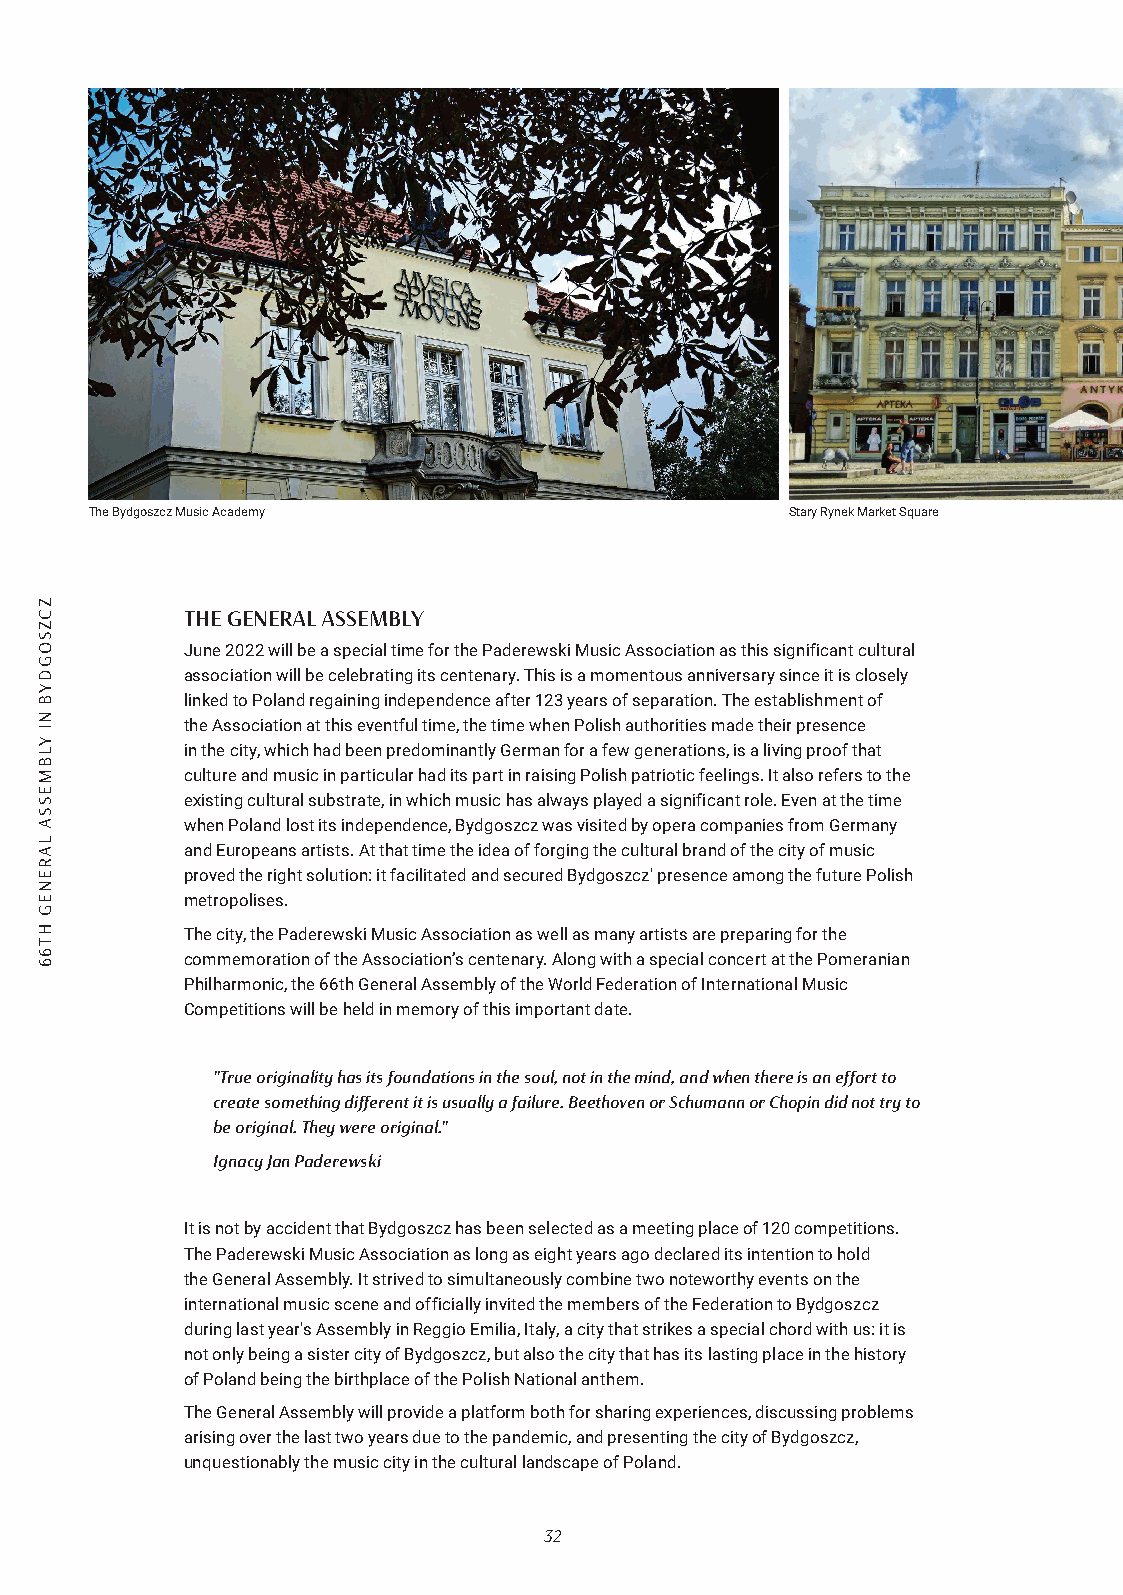
The Bydgoszcz Music Academy                   Stary Rynek Market Square
 THE GENERAL ASSEMBLY
 June 2022 will be a special time for the Paderewski Music Association as this significant cultural
 association will be celebrating its centenary. This is a momentous anniversary since it is closely
 linked to Poland regaining independence after 123 years of separation. The establishment of
 the Association at this eventful time, the time when Polish authorities made their presence
 in the city, which had been predominantly German for a few generations, is a living proof that
 culture and music in particular had its part in raising Polish patriotic feelings. It also refers to the
 existing cultural substrate, in which music has always played a significant role. Even at the time
 when Poland lost its independence, Bydgoszcz was visited by opera companies from Germany
 and Europeans artists. At that time the idea of forging the cultural brand of the city of music
 proved the right solution: it facilitated and secured Bydgoszcz' presence among the future Polish
 metropolises.
 The city, the Paderewski Music Association as well as many artists are preparing for the
 commemoration of the Association’s centenary. Along with a special concert at the Pomeranian
 Philharmonic, the 66th General Assembly of the World Federation of International Music
 Competitions will be held in memory of this important date.
 "True originality has its foundations in the soul, not in the mind, and when there is an effort to
 create something different it is usually a failure. Beethoven or Schumann or Chopin did not try to
 be original. They were original."
 Ignacy Jan Paderewski
 It is not by accident that Bydgoszcz has been selected as a meeting place of 120 competitions.
 The Paderewski Music Association as long as eight years ago declared its intention to hold
 the General Assembly. It strived to simultaneously combine two noteworthy events on the
 international music scene and officially invited the members of the Federation to Bydgoszcz
 during last year's Assembly in Reggio Emilia, Italy, a city that strikes a special chord with us: it is
 not only being a sister city of Bydgoszcz, but also the city that has its lasting place in the history
 of Poland being the birthplace of the Polish National anthem.
 The General Assembly will provide a platform both for sharing experiences, discussing problems
 arising over the last two years due to the pandemic, and presenting the city of Bydgoszcz,
 unquestionably the music city in the cultural landscape of Poland.
 32
 ZCZSOGDYB
 NI
 YLBMESSA
 LARENEG
 HT66